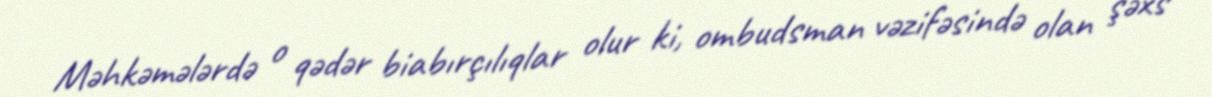
Məhkəmələrdə o qədər biabırçılıqlar olur ki, ombudsman vəzifəsində olan şəxs